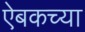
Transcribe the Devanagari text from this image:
ऐबकच्या